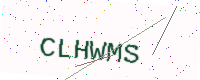
Text: CLHWMS